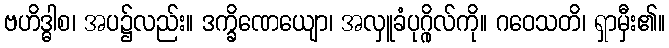
ဗဟိဒ္ဓါစ၊ အပ၌လည်း။ ဒက္ခိဏေယျော၊ အလှူခံပုဂ္ဂိုလ်ကို။ ဂဝေသတိ၊ ရှာမှီး၏။